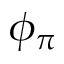
\phi _ { \pi }